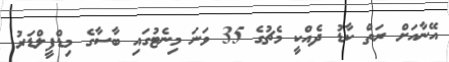
އޭނާއަށް ރަތް ކާޑު ދެއްކީ މެޗުގެ 35 ވަނަ މިނެޓުގައި ބާސާގެ މިޑްފީލްޑަރު